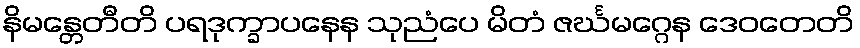
နိမန္တေတီတိ ပရဒုက္ခာပနေန သုညံပေ မိတံ ဇင်္ဃမဂ္ဂေန ဒေဝတေတိ